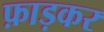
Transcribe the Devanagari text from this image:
फ़ाड़कर